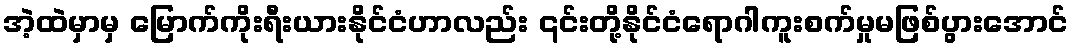
အဲ့ထဲမှာမှ မြောက်ကိုးရီးယားနိုင်ငံဟာလည်း ၎င်းတို့နိုင်ငံရောဂါကူးစက်မှုမဖြစ်ပွားအောင်